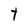
Character: t